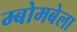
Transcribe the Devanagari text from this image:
म्बोमबेला